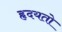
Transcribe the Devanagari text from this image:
हृदयतो